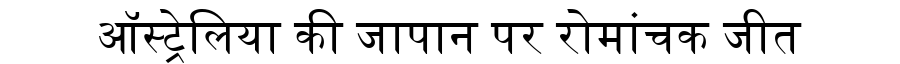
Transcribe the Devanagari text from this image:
ऑस्ट्रेलिया की जापान पर रोमांचक जीत